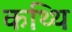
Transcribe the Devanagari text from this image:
कथ्थि